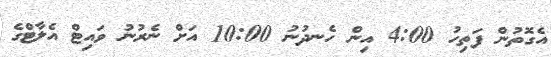
އެގޮތުން ފަތިހު 4:00 އިން ހެނދުނު 10:00 އަށް ނެރުނު ވައިޓް އެލާޓްގެ